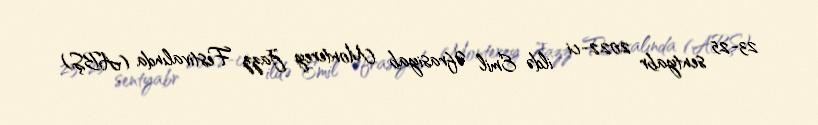
23-25 sentyabr 2022-ci ildə Emil Əfrasiyab Monterey Jazz Festivalında (ABŞ)